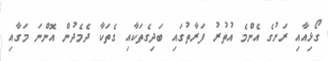
ގޯޅިއާއި ރަށުގެ އެންމެ އުތުރު ފަރާތުގައި ބަދިގެތަކާއި ގެތަކާ ދެމެދުން އޮންނަ މަގާއި